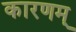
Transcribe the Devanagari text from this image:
कारणम्